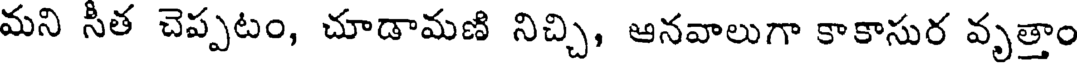
మని సీత చెప్పటం, చూడామణి నిచ్చి, ఆనవాలుగా కాకాసుర వృత్తాం